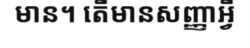
មាន។ តើមានសញ្ញាអ្វី